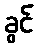
ခွင်